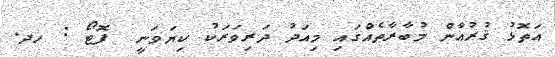
އަތޮޅު ޤުރުއާން މުބާރާތެއްގައި މިއަދު ދަރިވަރަކު ކިޔަވަނީ  ފޮޓޯ : ހދ.